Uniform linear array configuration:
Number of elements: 24
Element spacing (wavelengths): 0.25
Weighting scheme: hamming
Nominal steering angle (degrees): -30
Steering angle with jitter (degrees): -31.3
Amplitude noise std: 0.05
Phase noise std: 0.05

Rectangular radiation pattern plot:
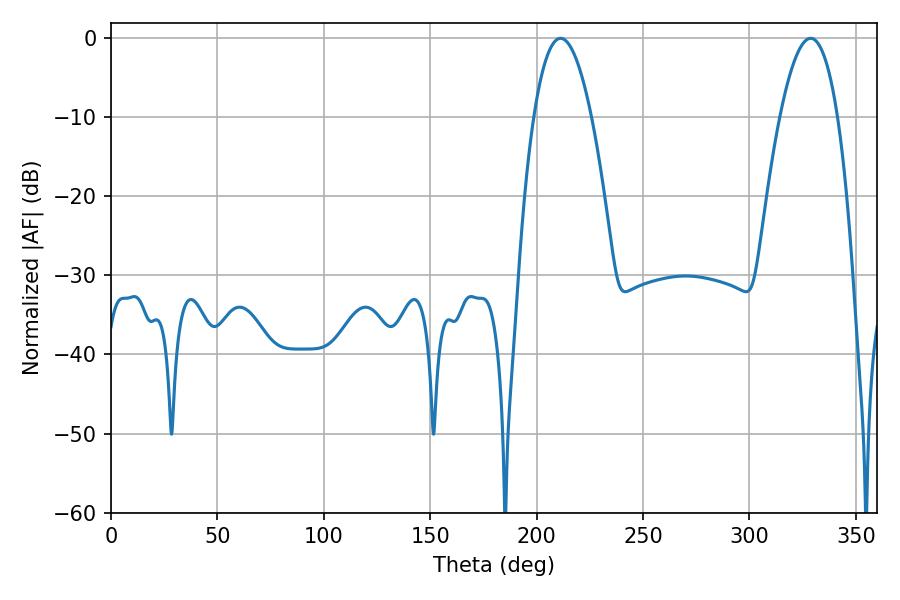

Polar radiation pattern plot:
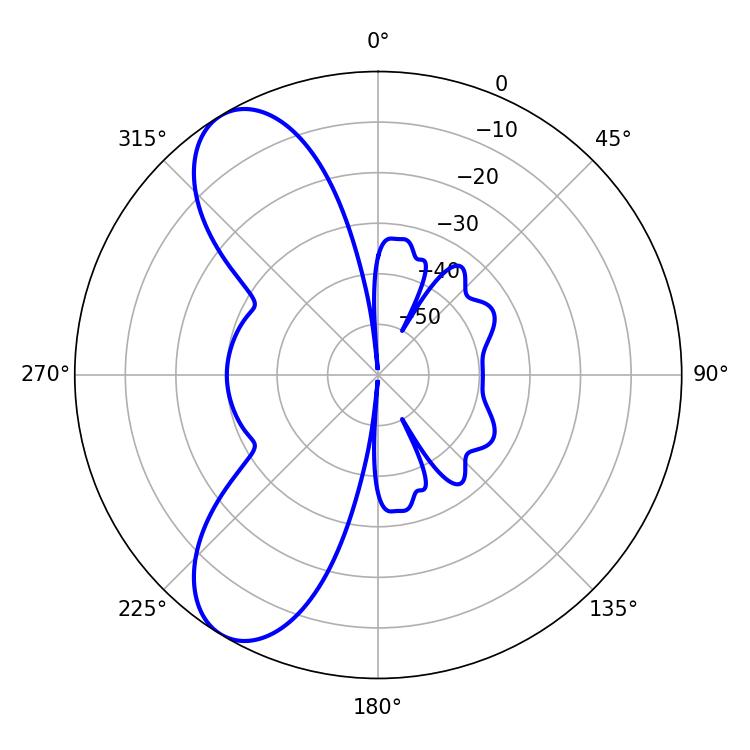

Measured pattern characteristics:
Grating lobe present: FALSE
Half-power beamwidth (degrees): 14.94
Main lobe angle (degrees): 211.32